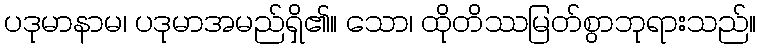
ပဒုမာနာမ၊ ပဒုမာအမည်ရှိ၏။ သော၊ ထိုတိဿမြတ်စွာဘုရားသည်။